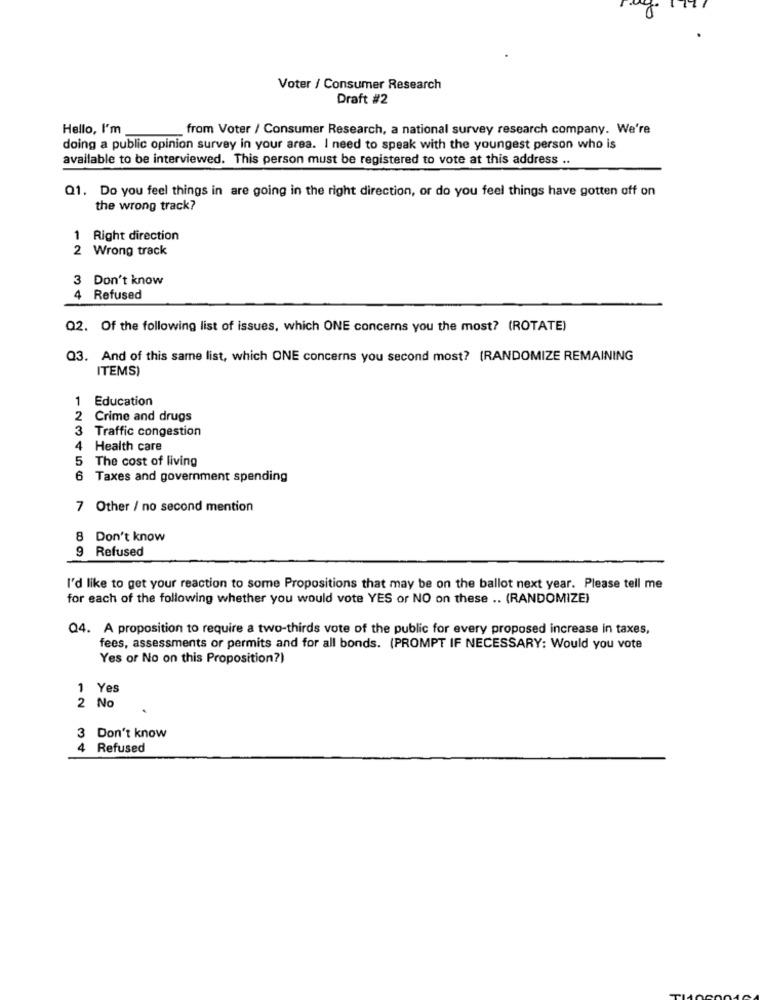
Voter / Consumer Research
Draft #2
Hello, I'm
from Voter / Consumer Research, a national survey research company. We're
doing a public opinion survey in your area. I need to speak with the youngest person who is
available to be interviewed. This person must be registered to vote at this address ..
Q1. Do you feel things in are going in the right direction, or do you feel things have gotten off on
the wrong track?
1 Right direction
2 Wrong track
3 Don't know
Refused
Q2. Of the following list of issues, which ONE concerns you the most? (ROTATE)
Q3. And of this same list, which ONE concerns you second most? (RANDOMIZE REMAINING
ITEMS)
Education
Crime and drugs
3 Traffic congestion
4
Health care
5 The cost of living
6 Taxes and government spending
7 Other / no second mention
8 Don't know
9 Refused
I'd like to get your reaction to some Propositions that may be on the ballot next year. Please tell me
for each of the following whether you would vote YES or NO on these .. (RANDOMIZE)
Q4. A proposition to require a two-thirds vote of the public for every proposed increase in taxes,
fees, assessments or permits and for all bonds. (PROMPT IF NECESSARY: Would you vote
Yes or No on this Proposition?)
1 Yes
2 No
3 Don't know
4 Refused